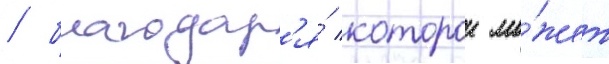
/ благодар'я́ которои мо́жет